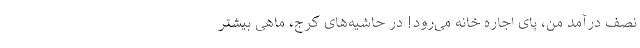
نصف درآمد من، پای اجاره خانه می‌رود! در حاشیه‌های کرج، ماهی بیشتر